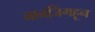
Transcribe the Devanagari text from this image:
नानजिंगहून